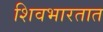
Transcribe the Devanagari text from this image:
शिवभारतात